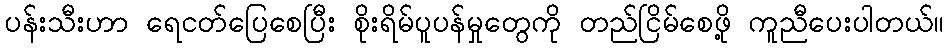
ပန်းသီးဟာ ရေငတ်ပြေစေပြီး စိုးရိမ်ပူပန်မှုတွေကို တည်ငြိမ်စေဖို့ ကူညီပေးပါတယ်။